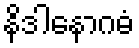
နိဒါနောဂဓံ